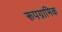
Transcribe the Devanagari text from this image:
रूपग्रामिक